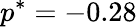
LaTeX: p^{*}=-0.28